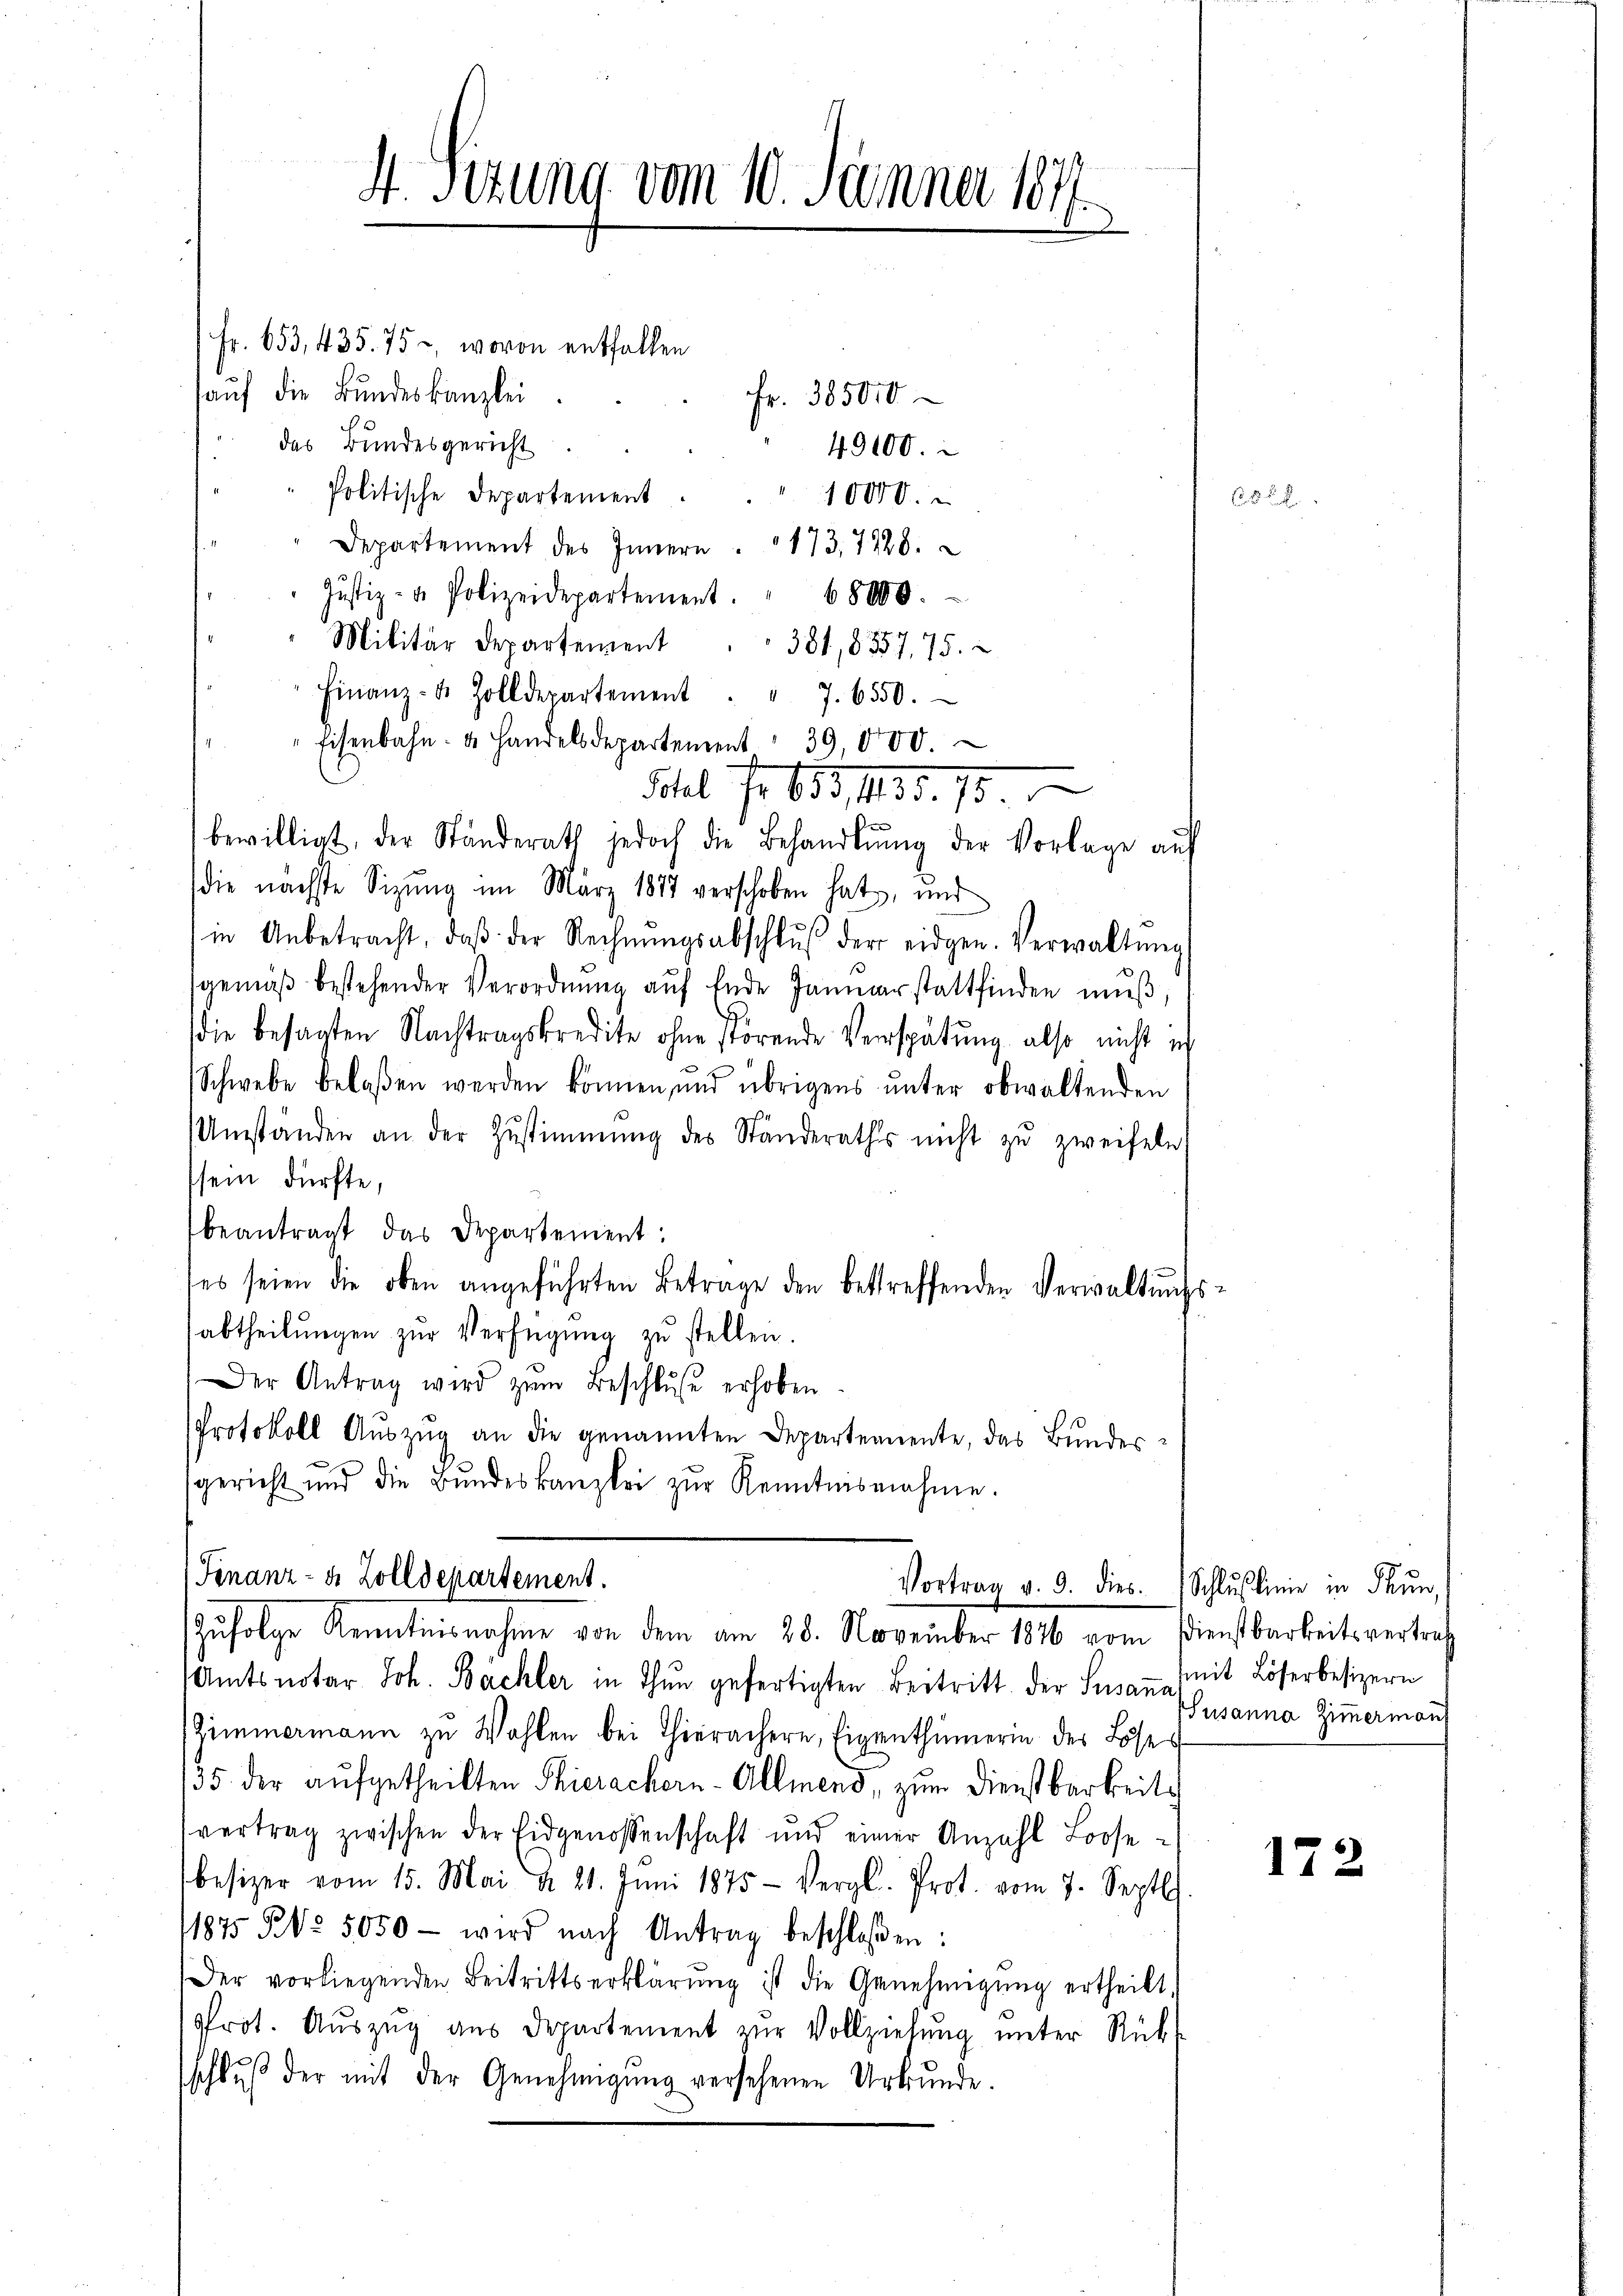
S. Titung vom 10. Jänner 1877

Fr. 653, 435. 75, wovon entfallen
auf die Bundeskanzlei
Fr. 385000
das Bundesgericht
49100.
Politische Departement
10000.
Departement des Innern 173. 7228.
Justiz- u. Polizeidepartement. " 68000.
Militär Departement
381,8357, 75.
Finanz- u. Zolldepartement
" 7. 6550.
Eisenbahn- u. Handelsdepartement  39,000.
Schel fr 68, 135. 75.
bewilligt, der Ständerath jedoch die Behandlŭng der Vorlage an
die nächste Sitzŭng im März 1877 verschoben hat, und
in Anbetracht, daβ der Rechnŭngsabschlŭβ der eidgen. Verwaltŭng
gemäβ bestehender Verordnŭng aŭf Ende Januar stattfinden mŭβ,
die besagten Nachtragskredite ohne störende Verspätung also nicht er
Schwebe belaßen werden können, und übrigens unter obwaltenden
Umständen an der Zŭstimmung des Ständeraths nicht zŭ zweifeln,
sein dürfte,
beantragt das Departement:
les seien die oben angeführten Betrage den betreffenden Verwaltŭng
abtheilungen zur Verfügung zu stellen.
Der Antrag wird zŭm Beschluße erhoben.
Protokoll Aŭszŭg an die genannten Departemente, das Bundessgericht und die Bŭndeskanzlei zŭr Kenntnisnahme.
(Finanz- u. Zolldepartement.
Vortrag v. 9. dies
Zufolge Kenntnisnahme von dem am 28. November 1846 vom Dienstbarkeits vertrach
Amtsnotar Joh. Bächler in Thun gefertigten Beitritt der Susannheit Löserbesizern
Zimmermann zu Wahlen bei Thierachern, Eigenthümerin der Löser
35 der aufgetheilten Thierachern - Allmend, zum Dienstbarkeitvertrag zwischen der Eidgenossenschaft und einer Anzahl Loose-
besizer vom 15. Mai d. 21. Jŭni 1875 - Vergl. Prot. vom 7. Septb.
1875 Ro. 5050 - wird nach Antrag beschloßen:
Der vorliegenden Beitrittserklärŭng ist die Genehmigŭng ertheilt.
Prot. Aŭszŭg aŭs Departement zŭr Vollziehung unter Rück-
schlŭβ der mit der Genehmigŭng versehenen Urkunde.

4

Schlusslinie in Thun,
Susanna Zimmerman

172